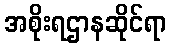
အစိုးရဌာနဆိုင်ရာ